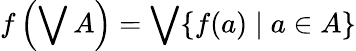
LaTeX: f\left(\bigvee A\right)=\bigvee\{ f(a)\mid a\in A\}